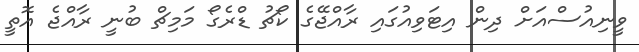
ވީނިއުސްއަށް ދިން އިޓަވިއުގައި ރާއްޖޭގެ ކޯޗު ޑްރެގޯ މަމިޗް ބުނީ ރާއްޖެ އޮތީ